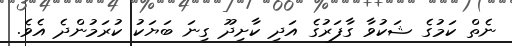
ނެތް ކަމުގެ ޝަކުވާ ގާފަރުގެ އަދި ކާށިދޫ ގިނަ ބަޔަކު ކުރަމުންދެ އެވެ.